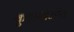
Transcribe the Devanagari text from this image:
कुड्मसंजीव